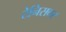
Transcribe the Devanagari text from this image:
टेनिसवर